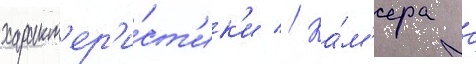
характ'ер'и́ст'ик'и // Ка́м'ера с